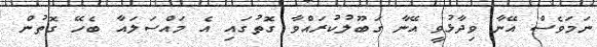
ނަމަވެސް އޭނާ ވިދާޅުވީ އޭނާ ގަބޫލުކުރައްވާ ގޮތުގައި އެ މައްސަލައާ ބެހޭ ގޮތުން